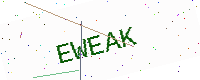
Text: EWEAK